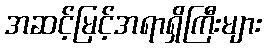
အဆင့်မြင့်အရာရှိကြီးများ